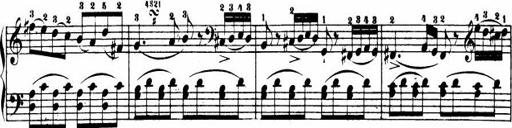
Title: Le bouquetier
Composer: Anton Diabelli
Key: G major
 C major
 F major
 C major